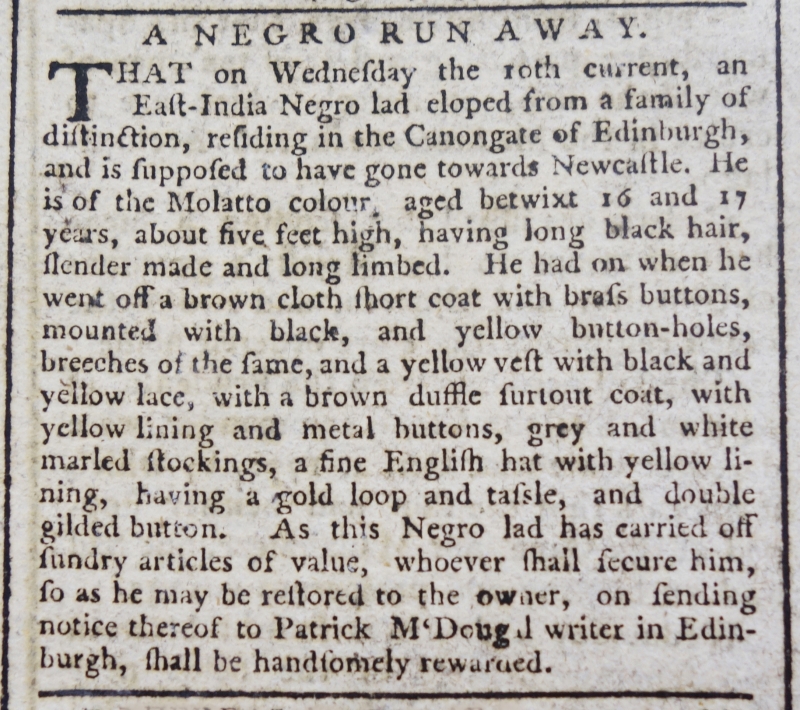
Edinburgh Evening Courant, 15 March 1773 (Scotland)
A NEGRO RUN AWAY.THAT on Wednesday the 10th current, an East-India Negro Lad eloped from a family of distinction, residing in the Canongate of Edinburgh, and is supposed to have gone towards Newcastle. He is of the Molatto colour, aged betwixt 16 and 17 years, about five feet high, having long black hair, slender made and long limbed. He had on when he went off a brown cloth short coat with brass buttons, mounted with black, and yellow button-holes, breeches of the same, and a yellow vest with black and yellow lace, with a brown duffle surtout coat, with yellow lining and metal buttons, grey and white marled stockings, a fine English hat with yellow lining, having a gold loop and tassle, and double gilded button. As this Negro lad has carried off sundry articles of value, whoever shall secure him, so as he may be restored to the owner, on sending notice thereof to Patrick M'Dougal writer in Edinburgh, shall be handsomely rewarded.